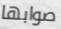
صوابها